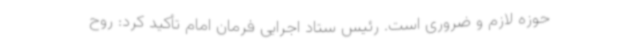
حوزه لازم و ضروری است. رئیس ستاد اجرایی فرمان امام تأکید کرد: روح